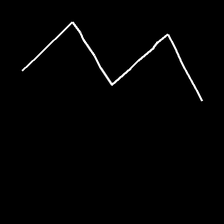
Glyph: crush